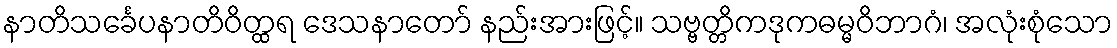
နာတိသင်္ခေပနာတိဝိတ္ထရ ဒေသနာတော် နည်းအားဖြင့်။ သဗ္ဗတ္တိကဒုကဓမ္မဝိဘာဂံ၊ အလုံးစုံသော